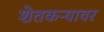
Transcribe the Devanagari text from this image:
शेतकऱ्यावर